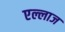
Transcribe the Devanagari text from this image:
एल्लाज